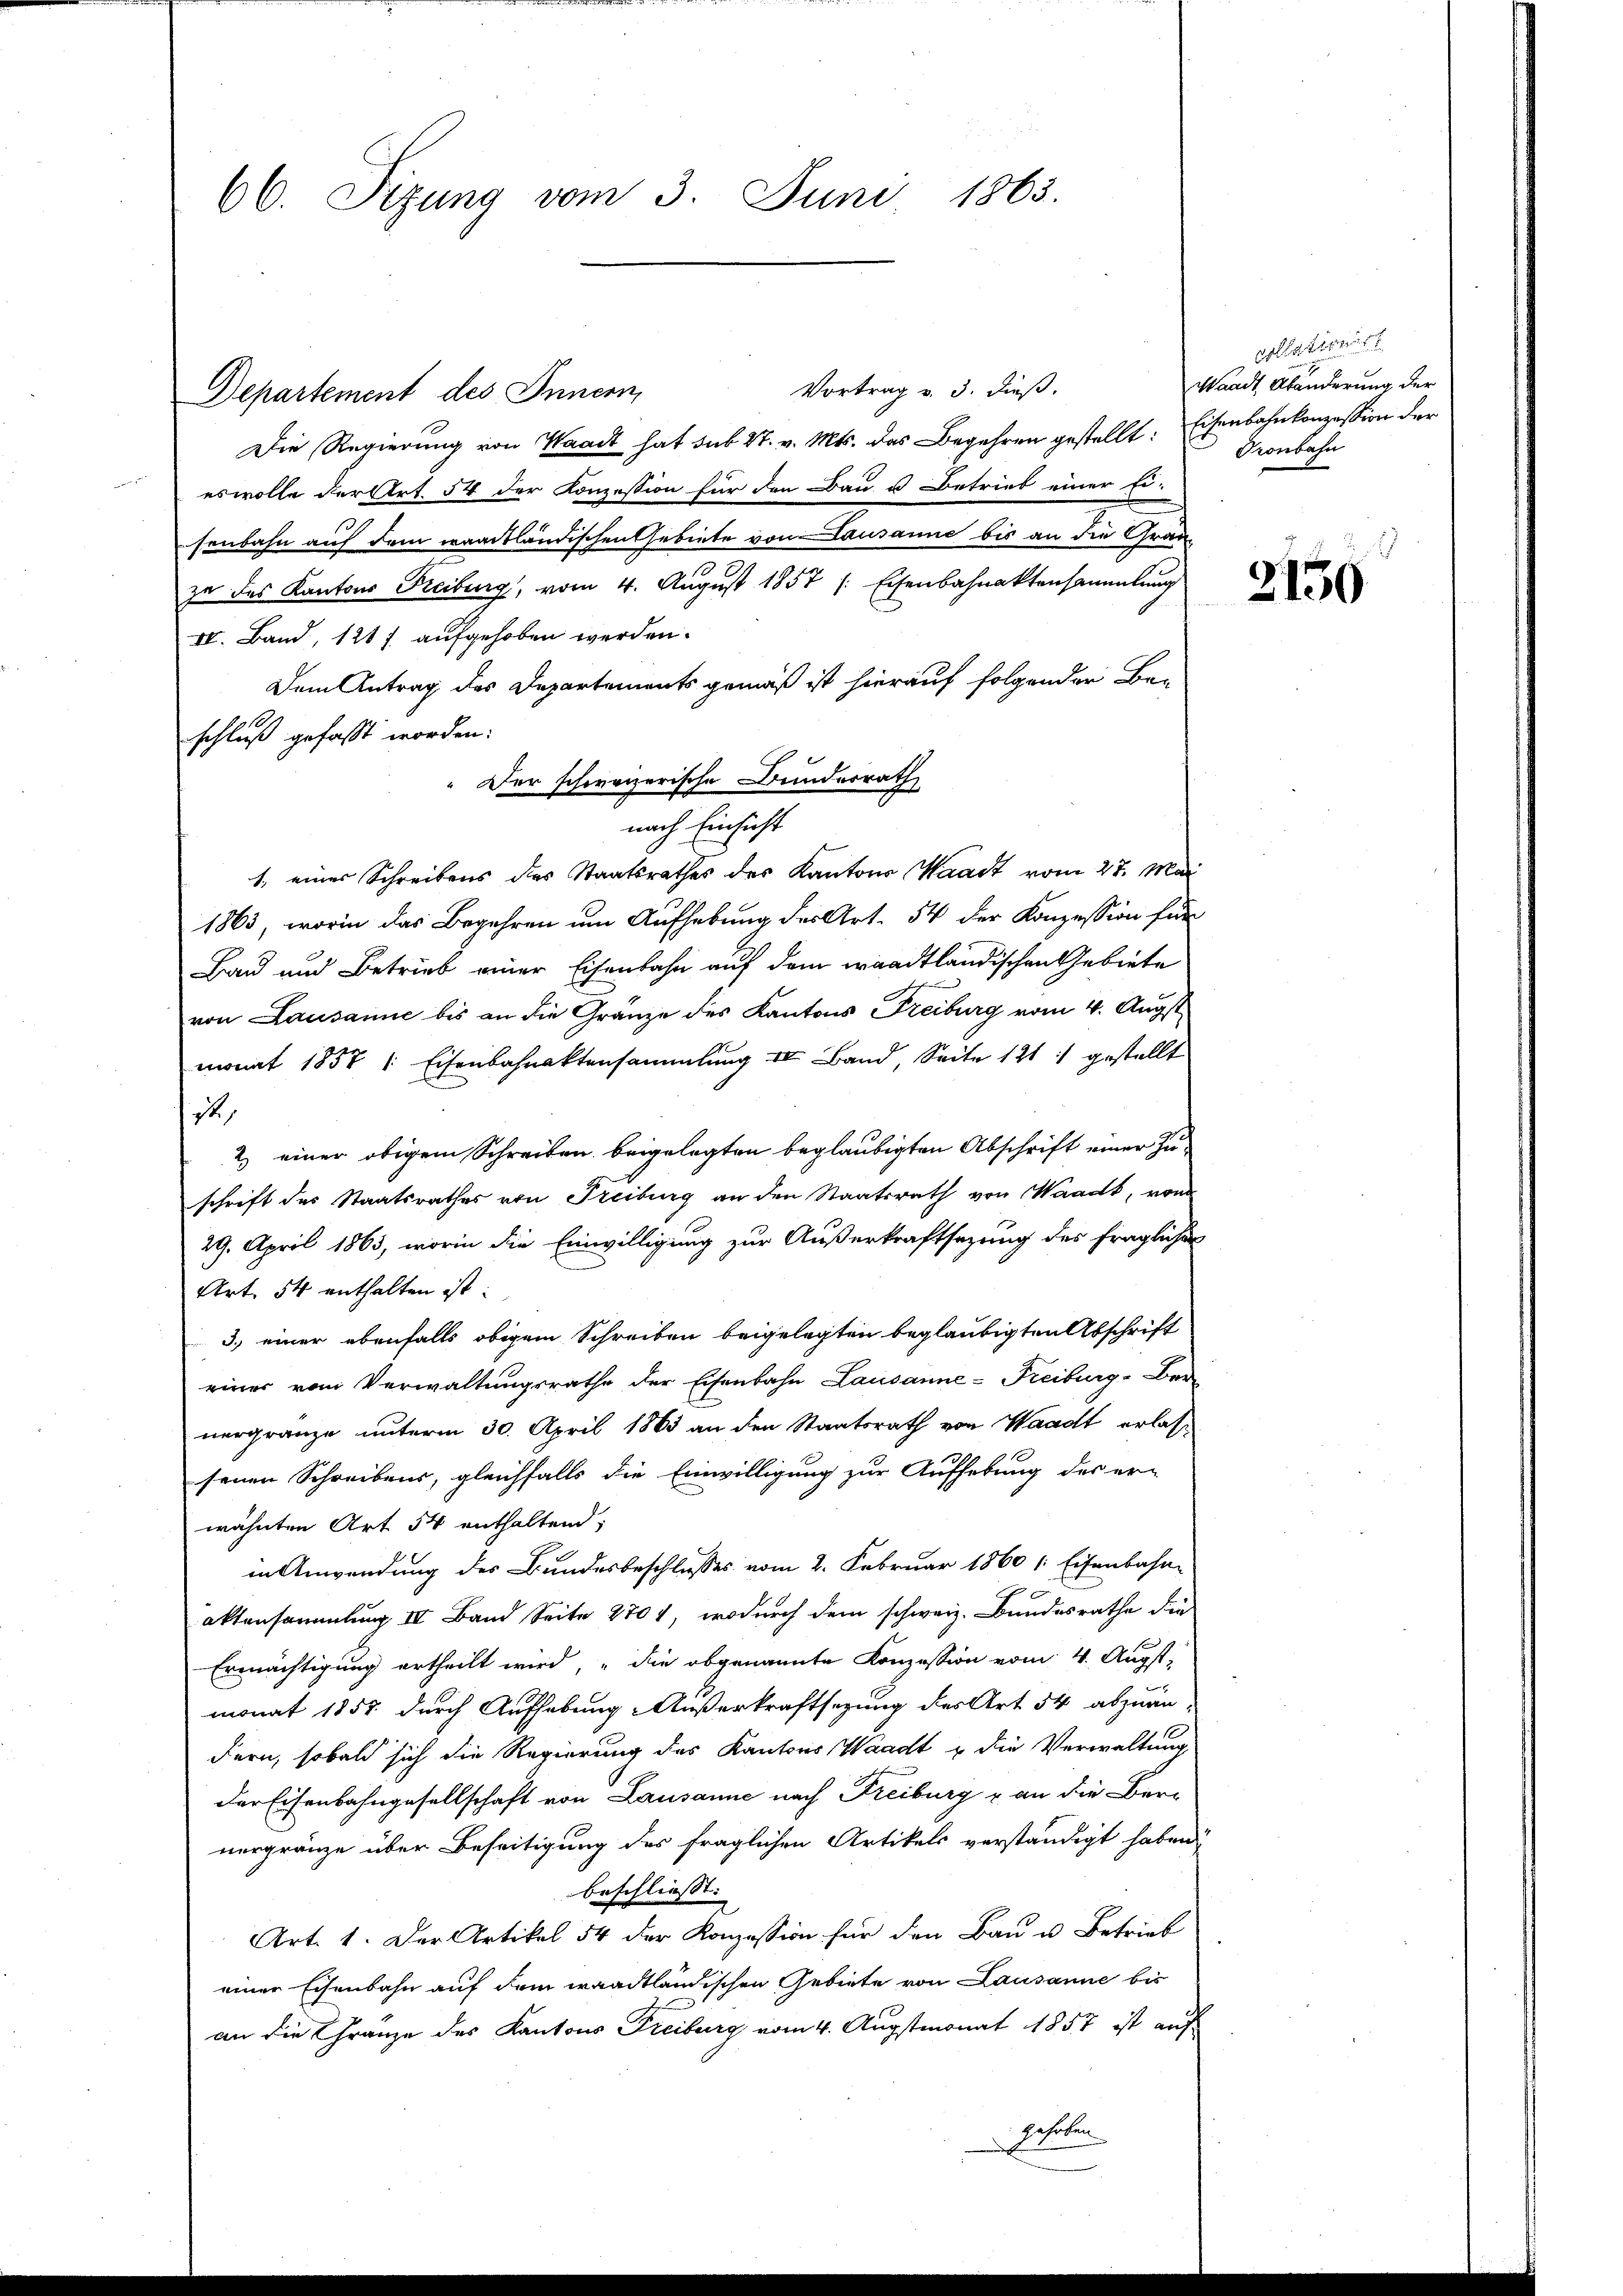
66. Sizung vom 3. Juni 1863.

Departement des Innern,

Vortrag v. 3. dieß.
Die Regierung von Waadt hat sub. 4. v. Mts. das Begehren gestellt: Eisenbahnkonzession der
eswolle der Art. 54 der Konzession für den Bau u Betrieb einer Ei-
senbahn auf dem waadtländischen Gebiete vom Lausanne bis an die Grade
zu des Kantons Freiburg, vom 4. August 1857 /: Eisenbahnaktensammlung
IV. Band, 128 f aufgehoben werden.
Dem Antrag des Departements gemäß ist hierauf folgender Beschluß gefasst worden:
Der schweizerische Bunderrath
nach Einsicht
1, einer Schreibens des Staatsrathes des Kantons Waadt vom 27. Mai
1863, worin das Begehren um Aufhebung der Art. 54 der Konzession für
Bau und Betrieb einer Eisenbahn auf dem waadtländischen Gebiete
von Lausanne bis an die Gränze des Kantons Freiburg vom 4. Augstmonat 1857 1 Eisenbahnaktensammlung III Band, Seite 121 :/ gestellt
st,
2) einer obigem Schreiben beigelegten beglaubigten Abschrift einer Zuschrift des Staatsrathes von Freiburg an den Staatsrath von Waadt, von
29. April 1865, worin die Einwilligung zur Außerkraftsazung des fraglicher
Art. 54 enthalten ist.
3.) einer ebenfalls obigem Schreiben beigelegten beglaubigten Abschrift
einer vom Verwaltungsrathe der Eisenbahn Lausanne-Freiburg-Ber-
nergränze unterm 30. April 1863 an den Staatsrath von Waadt erlassenen Schreibens, gleichfalls die Einwilligung zur Aufhebung des er-
wähnten Art. 54 enthaltend;
in Anwendung des Bundesbeschlusses vom 2. Februar 1860 / Eisenbahn-
aktensammlung III Band Seite 270 1, wodurch dem schweiz. Bundesrathe die
Ermächtigung ertheilt wird, „die obgenannte Konzession vom 4. Augst,
monat 1857 durch Aufhebung Außerkraftsezung des Art. 54 abzuän-
dern, sobald sich die Regierung des Kantons Waadt & die Verwaltung
Der Eisenbahngesellschaft von Lausanne nach Freiburg u an die Ber-
nergränze über Beseitigung des fraglichen Artikels verständigt haben,
beschliesst:
Art. 1. Der Artikel 54 der Konzession für den Bau u. Betrieb
einer Eisenbahn auf dem waadtländischen Gebiete von Lausanne bis
an die Franze des Kantons Freiburg vom 4. Augstmonat 1857 ist auf
gehoben.

Gelationiert
Waadt, Abänderung der
Pronbahn

2150